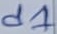
Text: d1